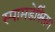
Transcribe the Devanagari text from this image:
स्पामडेक्सिंग